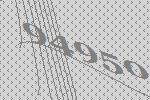
94950